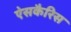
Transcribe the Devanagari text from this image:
ऐसकैरिस